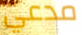
مدعي